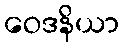
ဝေဒနိယာ